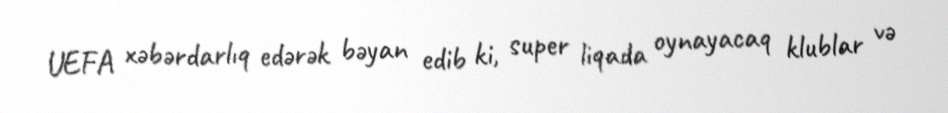
UEFA xəbərdarlıq edərək bəyan edib ki, super liqada oynayacaq klublar və